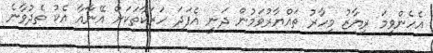
އެހެންވީމަ ރިޔާޒު މިހާރު ތައްޔާރުވަމުން ދަނީ އެފަދަ ހަރަކާތަކަށް އޭނާއާ އެކު ތެދުވާނެ